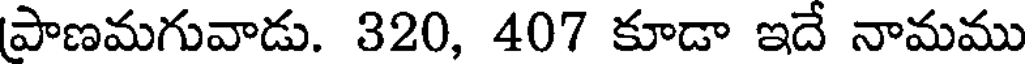
పాణమగువాడు. 320, 407 కూడా ఇదే నామము